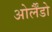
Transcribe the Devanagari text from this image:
ओर्लैंडो